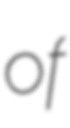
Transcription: of